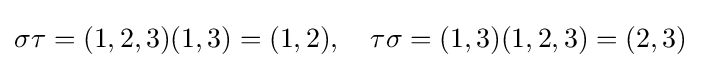
\sigma \tau =(1,2,3)(1,3)=(1,2),\quad \tau \sigma =(1,3)(1,2,3)=(2,3)